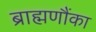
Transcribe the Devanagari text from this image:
ब्राह्मणौंका